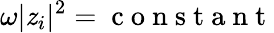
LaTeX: \omega|\mathit{z}_{i}|^{2}=\mathrm{{~c~o~n~s~t~a~n~t~}}